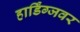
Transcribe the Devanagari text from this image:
हार्डिंग्जवर